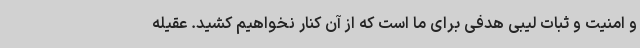
و امنیت و ثبات لیبی هدفی برای ما است که از آن کنار نخواهیم کشید. عقیله